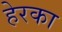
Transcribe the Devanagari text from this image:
हेरका